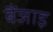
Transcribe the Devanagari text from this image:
बैंजाइ